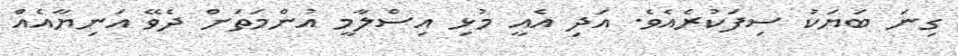
ގިނަ ބަޔަކު ސިފަކުރެއެވެ. އަދި އެއީ މުޅި އިސްލާމީ އުންމަތަށް ދެވޭ އަނިޔާއެއް